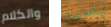
والكلام يصير